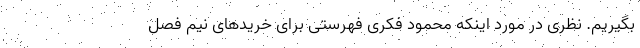
بگیریم. نظری در مورد اینکه محمود فکری فهرستی برای خریدهای نیم فصل